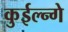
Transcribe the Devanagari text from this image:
कुईल्न्गे